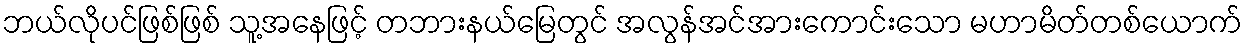
ဘယ်လိုပင်ဖြစ်ဖြစ် သူ့အနေဖြင့် တဘားနယ်မြေတွင် အလွန်အင်အားကောင်းသော မဟာမိတ်တစ်ယောက်